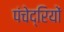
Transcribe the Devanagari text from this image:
पंचेद्रियों